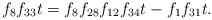
LaTeX: \begin{align*}f_8f_{33}t &= f_8f_{28}f_{12}f_{34}t - f_1f_{31}t.\end{align*}